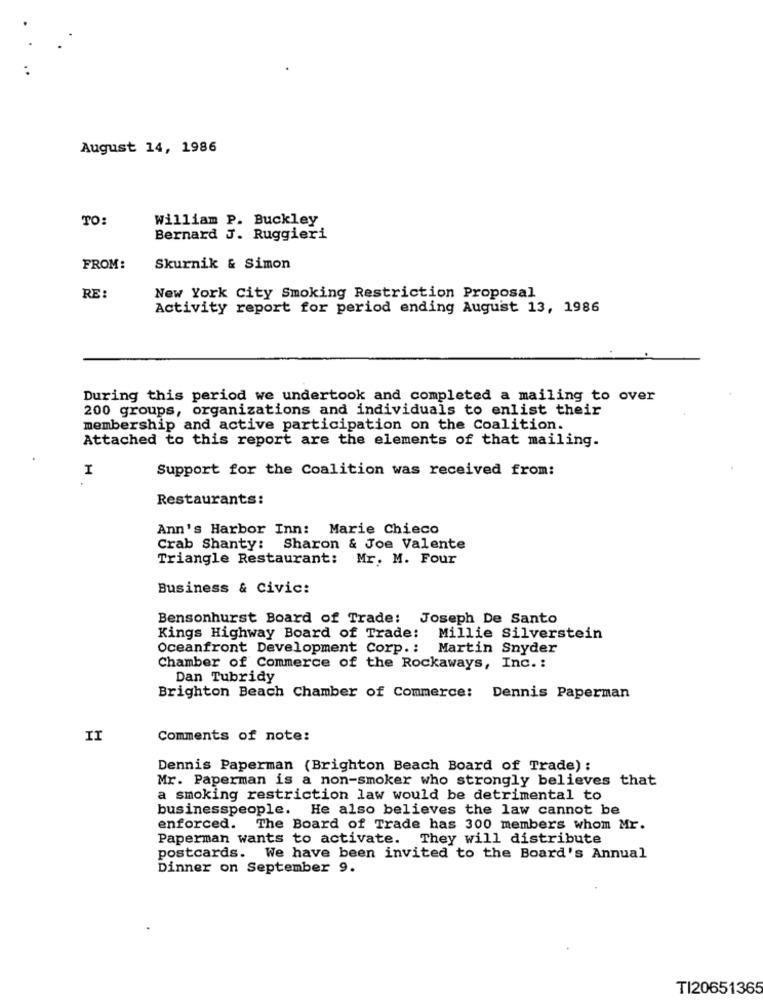
..
August 14, 1986
TO:
William P. Buckley
Bernard J. Ruggieri
FROM:
Skurnik & Simon
RE:
New York City Smoking Restriction Proposal
Activity report for period ending August 13, 1986
During this period we undertook and completed a mailing to over
200 groups, organizations and individuals to enlist their
membership and active participation on the Coalition.
Attached to this report are the elements of that mailing.
Support for the Coalition was received from:
H
Restaurants:
Ann's Harbor Inn: Marie Chieco
Crab Shanty: Sharon & Joe Valente
Triangle Restaurant: Mr. M. Four
Business & Civic:
Bensonhurst Board of Trade: Joseph De Santo
Kings Highway Board of Trade:
Millie Silverstein
Oceanfront Development Corp .:
Martin Snyder
Chamber of Commerce of the Rockaways, Inc .:
Dan Tubridy
Brighton Beach Chamber of Commerce: Dennis Paperman
IT
Comments of note:
Dennis Paperman (Brighton Beach Board of Trade) :
Mr. Paperman is a non-smoker who strongly believes that
a smoking restriction law would be detrimental to
businesspeople. He also believes the law cannot be
enforced. The Board of Trade has 300 members whom Mr.
Paperman wants to activate. They will distribute
postcards. We have been invited to the Board's Annual
Dinner on September 9.
TI20651365